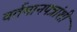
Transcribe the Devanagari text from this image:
वर्तमानपत्रांशी